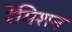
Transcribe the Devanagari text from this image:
रेमिशन